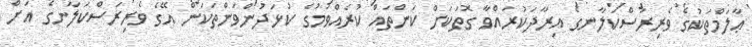
ޢާލަމްތަކުގެ ވެރިރަސްކަލާނގެ އިރާދަކުރައްވާ ގޮތަކަށް ކަންތައް ކުރެއްވުމުގެ ކުޅަދުންވަންތަކަން އޭގެ ވެރިރަސްކަލާނގެ އަށް